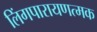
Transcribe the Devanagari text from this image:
लिंगपारायणत्मक